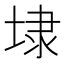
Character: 埭